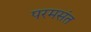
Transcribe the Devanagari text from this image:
परमसंत